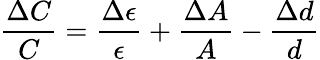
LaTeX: \frac{\Delta C}{C}=\frac{\Delta\epsilon}{\epsilon}+\frac{\Delta A}{A}-\frac{\Delta d}{d}